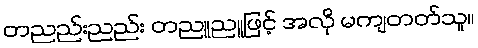
တညည်းညည်း တညူညူဖြင့် အလို မကျတတ်သူ။